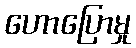
ဟောပြောမှု